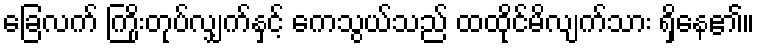
ခြေလက် ကြိုးတုပ်လျှက်နှင့် ကေသွယ်သည် ထထိုင်မိလျက်သား ရှိနေ၏။